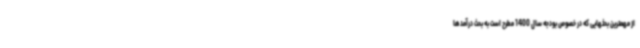
از مهمترین بحثهایی که در خصوص بودجه سال 1400 مطرح است به بحث درآمدها